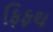
ફિફથ